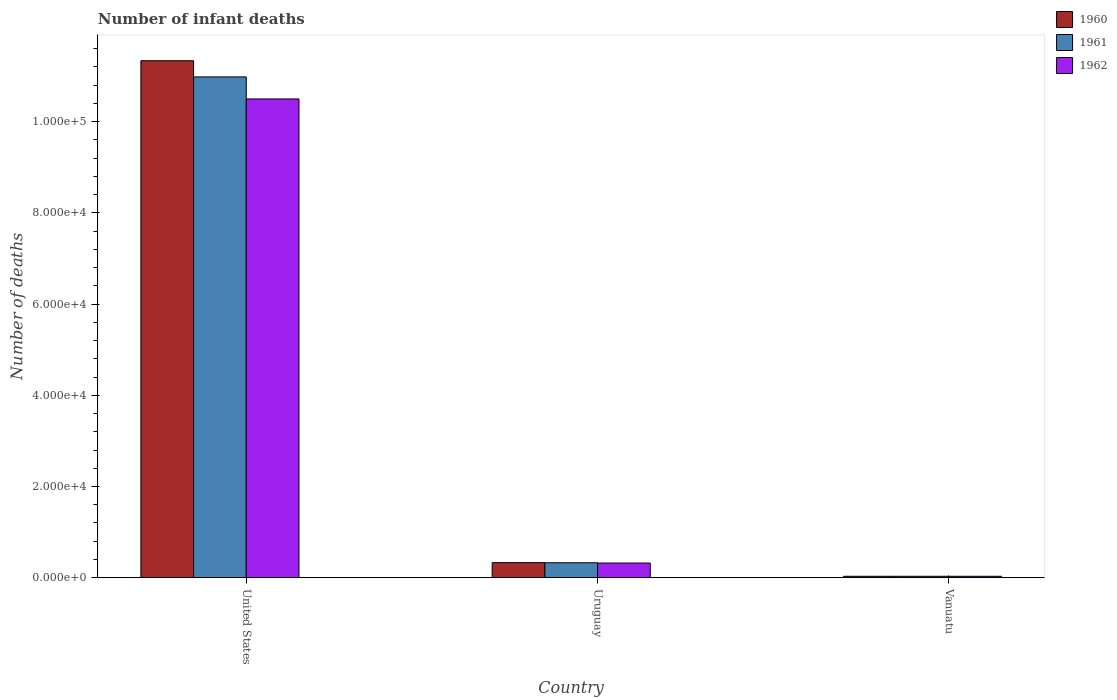
| Country | 1960 | 1961 | 1962 |
 | --- | --- | --- | --- |
 | United States | 1.13e+05 | 1.1e+05 | 1.05e+05 |
 | Uruguay | 3.3e+03 | 3.28e+03 | 3.22e+03 |
 | Vanuatu | 311 | 311 | 311 |